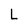
Character: L